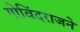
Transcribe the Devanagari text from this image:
गोविंदराजने